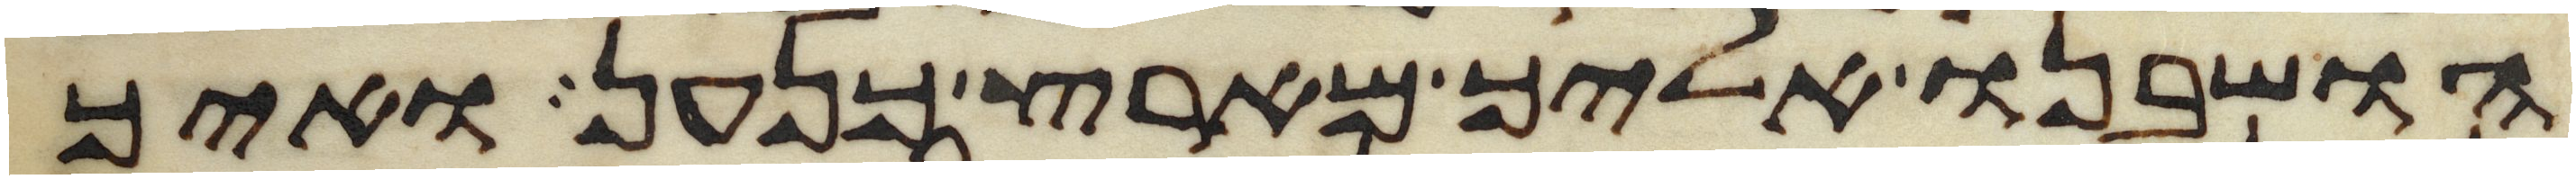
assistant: הושבנו אליך מארץ כנען ואיך